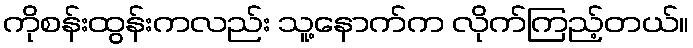
ကိုစန်းထွန်းကလည်း သူ့နောက်က လိုက်ကြည့်တယ်။